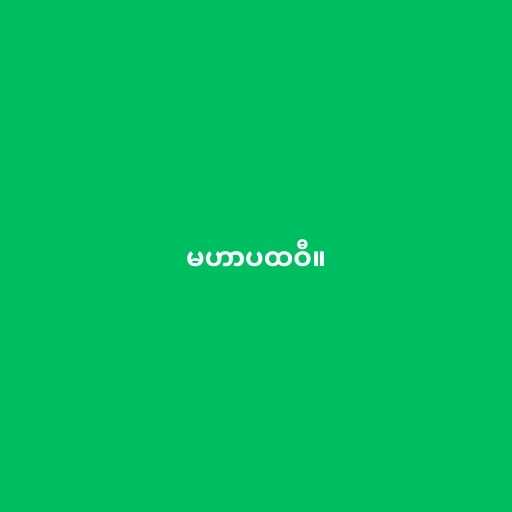
မဟာပထဝီ။